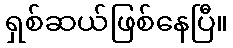
ရှစ်ဆယ်ဖြစ်နေပြီ။